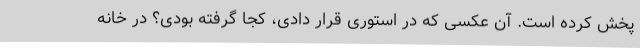
پخش کرده است. آن عکسی که در استوری قرار دادی، کجا گرفته بودی؟ در خانه